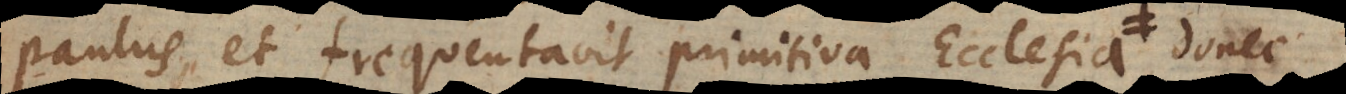
Paulus, et frequentavit primitiva Ecclesia, donec